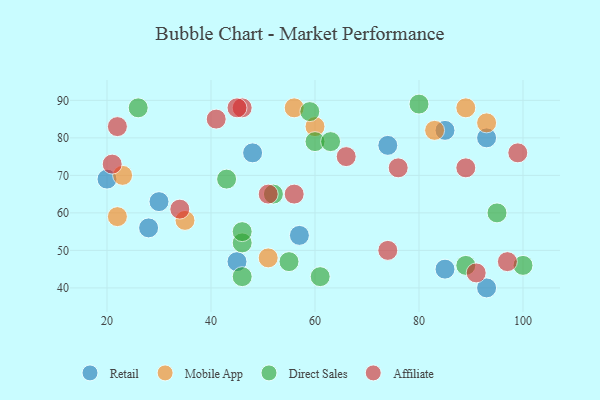
{"axis": {"x": "GDP", "y": "Life Expectancy"}, "legend": ["Affiliate", "Direct Sales", "Mobile App", "Retail"], "data": [{"x": "28", "y": 56, "type": "Retail"}, {"x": "93", "y": 80, "type": "Retail"}, {"x": "45", "y": 47, "type": "Retail"}, {"x": "74", "y": 78, "type": "Retail"}, {"x": "57", "y": 54, "type": "Retail"}, {"x": "20", "y": 69, "type": "Retail"}, {"x": "85", "y": 45, "type": "Retail"}, {"x": "48", "y": 76, "type": "Retail"}, {"x": "30", "y": 63, "type": "Retail"}, {"x": "85", "y": 82, "type": "Retail"}, {"x": "93", "y": 40, "type": "Retail"}, {"x": "60", "y": 83, "type": "Mobile App"}, {"x": "51", "y": 48, "type": "Mobile App"}, {"x": "89", "y": 88, "type": "Mobile App"}, {"x": "23", "y": 70, "type": "Mobile App"}, {"x": "35", "y": 58, "type": "Mobile App"}, {"x": "22", "y": 59, "type": "Mobile App"}, {"x": "93", "y": 84, "type": "Mobile App"}, {"x": "56", "y": 88, "type": "Mobile App"}, {"x": "83", "y": 82, "type": "Mobile App"}, {"x": "89", "y": 46, "type": "Direct Sales"}, {"x": "60", "y": 79, "type": "Direct Sales"}, {"x": "52", "y": 65, "type": "Direct Sales"}, {"x": "100", "y": 46, "type": "Direct Sales"}, {"x": "46", "y": 43, "type": "Direct Sales"}, {"x": "26", "y": 88, "type": "Direct Sales"}, {"x": "61", "y": 43, "type": "Direct Sales"}, {"x": "43", "y": 69, "type": "Direct Sales"}, {"x": "59", "y": 87, "type": "Direct Sales"}, {"x": "55", "y": 47, "type": "Direct Sales"}, {"x": "46", "y": 52, "type": "Direct Sales"}, {"x": "80", "y": 89, "type": "Direct Sales"}, {"x": "95", "y": 60, "type": "Direct Sales"}, {"x": "46", "y": 55, "type": "Direct Sales"}, {"x": "63", "y": 79, "type": "Direct Sales"}, {"x": "46", "y": 88, "type": "Affiliate"}, {"x": "21", "y": 73, "type": "Affiliate"}, {"x": "56", "y": 65, "type": "Affiliate"}, {"x": "97", "y": 47, "type": "Affiliate"}, {"x": "51", "y": 65, "type": "Affiliate"}, {"x": "45", "y": 88, "type": "Affiliate"}, {"x": "22", "y": 83, "type": "Affiliate"}, {"x": "66", "y": 75, "type": "Affiliate"}, {"x": "89", "y": 72, "type": "Affiliate"}, {"x": "74", "y": 50, "type": "Affiliate"}, {"x": "99", "y": 76, "type": "Affiliate"}, {"x": "34", "y": 61, "type": "Affiliate"}, {"x": "41", "y": 85, "type": "Affiliate"}, {"x": "91", "y": 44, "type": "Affiliate"}, {"x": "76", "y": 72, "type": "Affiliate"}]}